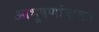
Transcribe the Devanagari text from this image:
आभूषणांबाबत